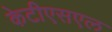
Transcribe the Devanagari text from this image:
केटीएसएल